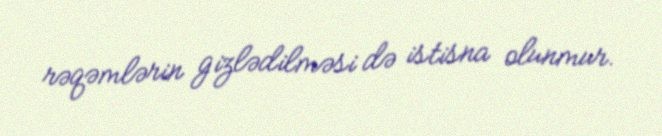
rəqəmlərin gizlədilməsi də istisna olunmur.